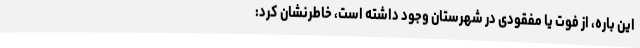
این باره، از فوت یا مفقودی در شهرستان وجود داشته است، خاطرنشان کرد: